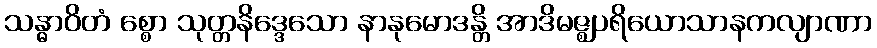
သန္ဓာဝိတံ စ္စော သုတ္တနိဒ္ဒေသော နာနုမောဒန္တိ အာဒိမဇ္ဈပရိယောသာနကလျာဏာ